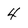
Character: 4